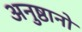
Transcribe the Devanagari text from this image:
अनुष्ठानो